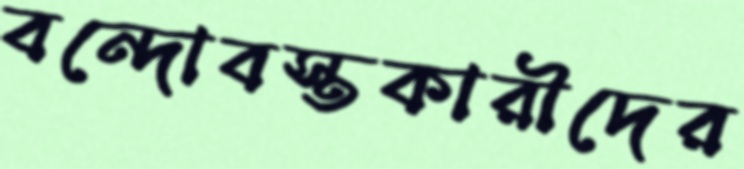
বন্দোবস্তকারীদের